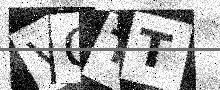
Text: VOTT